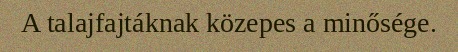
A talajfajtáknak közepes a minősége.